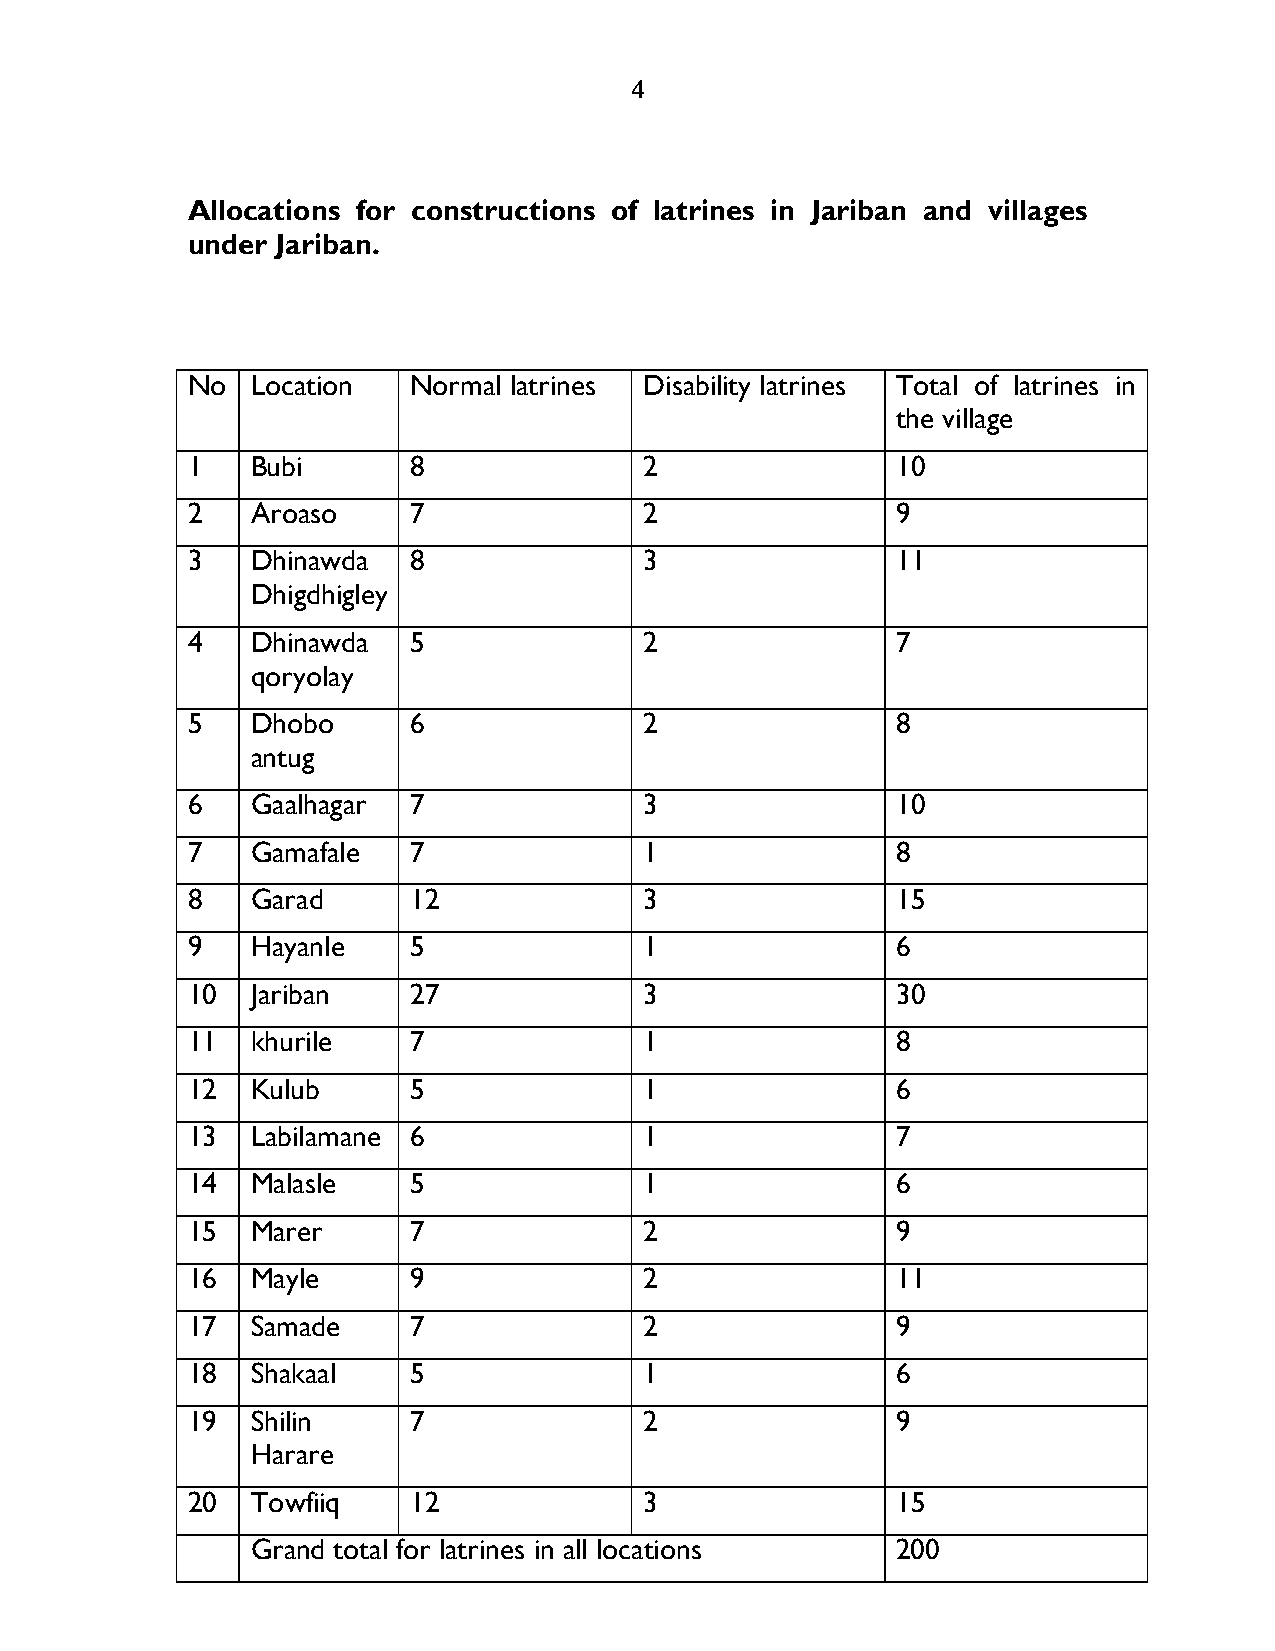
4
 Allocations for constructions of latrines in Jariban and villages
 under Jariban.
 No   Location  Normal latrines Disability latrines Total of latrines in
 the village
 1    Bubi      8               2               10
 2    Aroaso    7               2               9
 3    Dhinawda  8               3               11
 Dhigdhigley
 4    Dhinawda  5               2               7
 qoryolay
 5    Dhobo     6               2               8
 antug
 6    Gaalhagar 7               3               10
 7    Gamafale  7               1               8
 8    Garad     12              3               15
 9    Hayanle   5               1               6
 10   Jariban   27              3               30
 11   khurile   7               1               8
 12   Kulub     5               1               6
 13   Labilamane 6              1               7
 14   Malasle   5               1               6
 15   Marer     7               2               9
 16   Mayle     9               2               11
 17   Samade    7               2               9
 18   Shakaal   5               1               6
 19   Shilin    7               2               9
 Harare
 20   Towfiiq   12              3               15
 Grand total for latrines in all locations 200